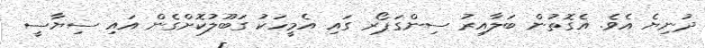
ދުނިޔެ އެވެ. އެގޮތުން ބަލާއިރު ސިންގަޕޯރ ގައި އެމީހަކު ގަބޫލުކޮށްގެން އައި ސިޔާސީ